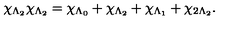
\chi _ { \Lambda _ { 2 } } \chi _ { \Lambda _ { 2 } } = \chi _ { \Lambda _ { 0 } } + \chi _ { \Lambda _ { 2 } } + \chi _ { \Lambda _ { 1 } } + \chi _ { 2 \Lambda _ { 2 } } .